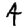
Digit: 4